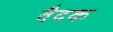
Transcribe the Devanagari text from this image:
वैदक